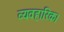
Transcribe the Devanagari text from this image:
व्यवहारिक।